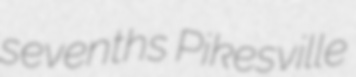
sevenths Pikesville